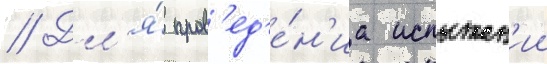
// Дл'я́ пров'ед'е́н'иа испытан'ии